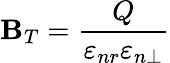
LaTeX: \mathbf{B}_{T}=\frac{{Q}}{{\varepsilon_{nr}\varepsilon_{n\perp}}}